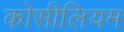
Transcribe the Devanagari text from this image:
कोसीलियम